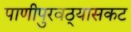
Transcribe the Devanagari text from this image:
पाणीपुरवठ्यासकट